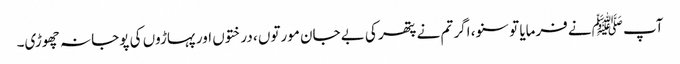
آپ ﷺنے فرمایا تو سنو، اگر تم نے پتھر کی بے جان مورتوں ، درختوں اور پہاڑوں کی پوجا نہ چھوڑی۔